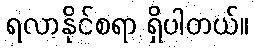
ရလာနိုင်စရာ ရှိပါတယ်။